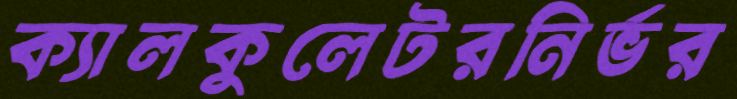
ক্যালকুলেটরনির্ভর